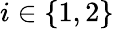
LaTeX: i\in\{ 1,2\}